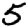
Digit: 5